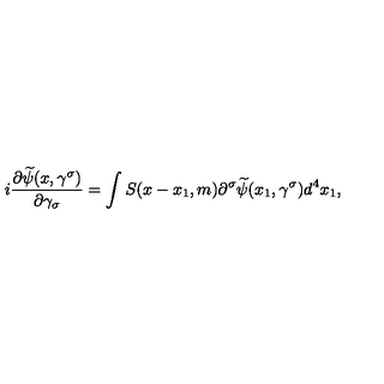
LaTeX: i \frac { \partial \widetilde { \psi } ( x , \gamma ^ { \sigma } ) } { \partial \gamma _ { \sigma } } = \int S ( x - x _ { 1 } , m ) \partial ^ { \sigma } \widetilde { \psi } ( x _ { 1 } , \gamma ^ { \sigma } ) d ^ { 4 } x _ { 1 } ,